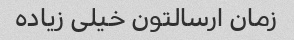
زمان ارسالتون خیلی زیاده